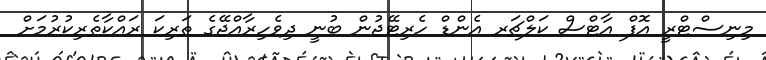
މިނިސްޓްރީ އޮފް އާޓްސް ކަލްޗަރ އެންޑް ހެރިޓޭޖުން ބުނީ ދިވެހިރާއްޖޭގެ ތަރިކަ ރައްކާތެރިކުރުމަށް